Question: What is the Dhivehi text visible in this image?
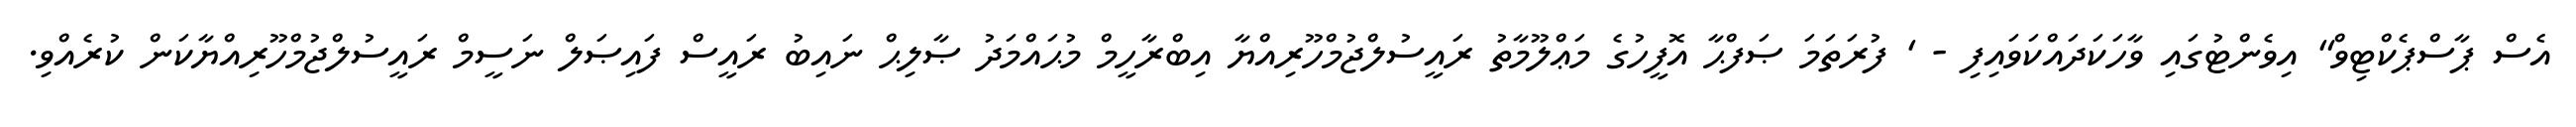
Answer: އެސް ޕާސްޕެކްޓިވް" އިވެންޓުގައި ވާހަކަދައްކަވައިފި - ' ފުރަތަމަ ޞަފްޙާ އޮފީހުގެ މަޢްލޫމާތު ރައީސުލްޖުމްހޫރިއްޔާ އިބްރާހީމް މުޙައްމަދު ޞާލިޙް ނައިބު ރައީސް ފައިޞަލް ނަސީމް ރައީސުލްޖުމްހޫރިއްޔާކަން ކުރެއްވި.